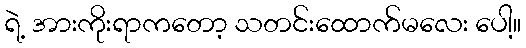
ရဲ့ အားကိုးရာကတော့ သတင်းထောက်မလေး ပေါ့။